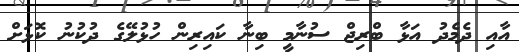
އާއި ދެމެދު އަޅާ ބްރިޖް ސުނާމީ ބިނާ ކައިރިން ހުޅުލޭގެ ދުކުނު ކޮޅަށް